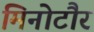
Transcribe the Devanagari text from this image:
मिनोटौर